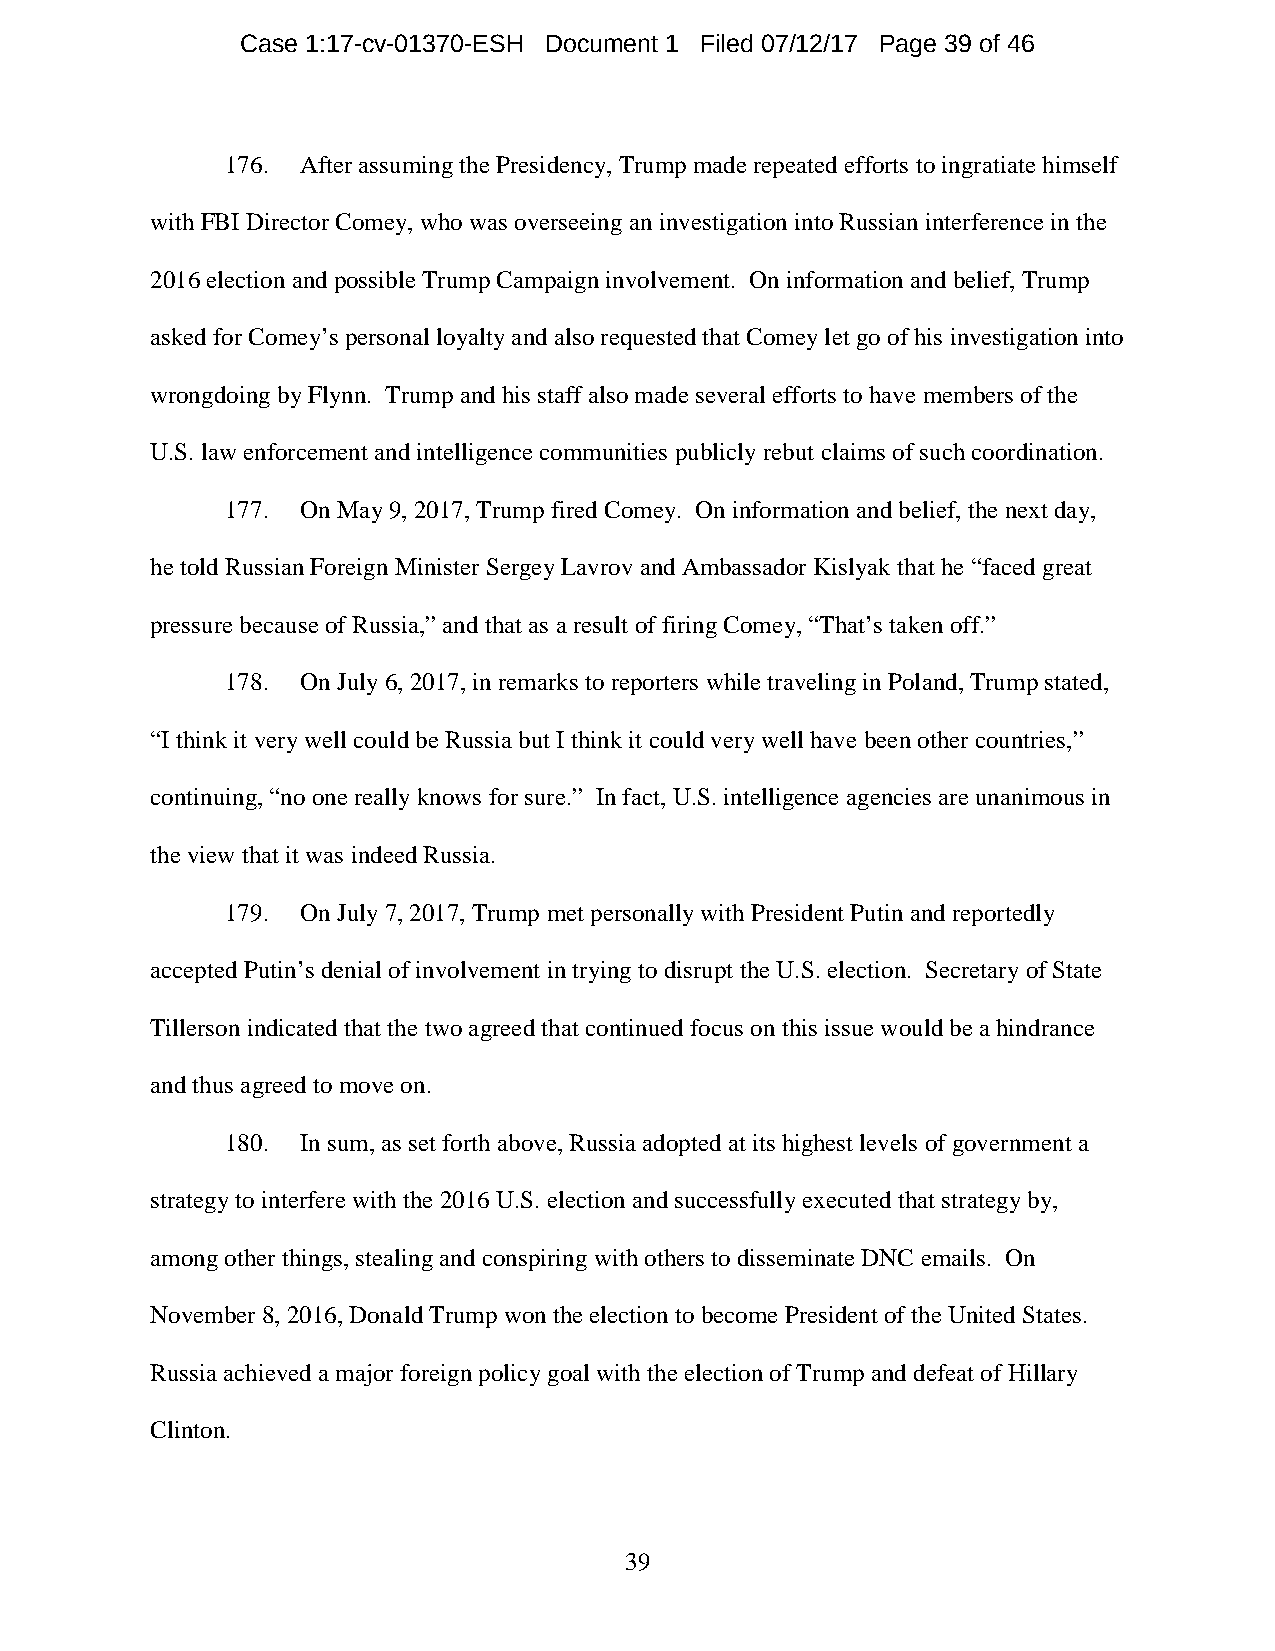
Case 1:17-cv-01370-ESH Document 1 Filed 07/12/17 Page 39 of 46
 176. After assuming the Presidency, Trump made repeated efforts to ingratiate himself
 with FBI Director Comey, who was overseeing an investigation into Russian interference in the
 2016 election and possible Trump Campaign involvement. On information and belief, Trump
 asked for Comey’s personal loyalty and also requested that Comey let go of his investigation into
 wrongdoing by Flynn. Trump and his staff also made several efforts to have members of the
 U.S. law enforcement and intelligence communities publicly rebut claims of such coordination.
 177. On May 9, 2017, Trump fired Comey. On information and belief, the next day,
 he told Russian Foreign Minister Sergey Lavrov and Ambassador Kislyak that he “faced great
 pressure because of Russia,” and that as a result of firing Comey, “That’s taken off.”
 178. On July 6, 2017, in remarks to reporters while traveling in Poland, Trump stated,
 “I think it very well could be Russia but I think it could very well have been other countries,”
 continuing, “no one really knows for sure.” In fact, U.S. intelligence agencies are unanimous in
 the view that it was indeed Russia.
 179. On July 7, 2017, Trump met personally with President Putin and reportedly
 accepted Putin’s denial of involvement in trying to disrupt the U.S. election. Secretary of State
 Tillerson indicated that the two agreed that continued focus on this issue would be a hindrance
 and thus agreed to move on.
 180. In sum, as set forth above, Russia adopted at its highest levels of government a
 strategy to interfere with the 2016 U.S. election and successfully executed that strategy by,
 among other things, stealing and conspiring with others to disseminate DNC emails. On
 November 8, 2016, Donald Trump won the election to become President of the United States.
 Russia achieved a major foreign policy goal with the election of Trump and defeat of Hillary
 Clinton.
 39